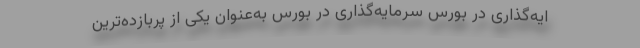
ایه‌گذاری در بورس سرمایه‌گذاری در بورس به‌عنوان یکی از پربازده‌ترین